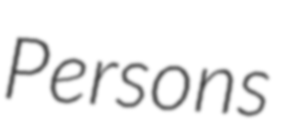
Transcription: Persons